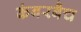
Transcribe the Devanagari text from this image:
कंबरबैच